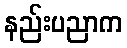
နည်းပညာက